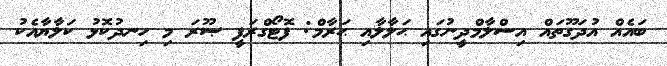
ބައެއް އުދަގޫތައް އިސްލާމްދީނުގައި ޙަލާލާއި ޙަރާމް: ފޮޓޯގްރަފީ ޞޫރަ މި ހިނދުކޮޅު ކަލާޔާއެކު